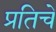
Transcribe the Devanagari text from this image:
प्रतिचे